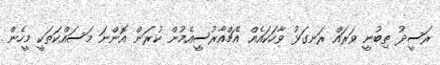
ރަސީދު ތިބުނީ ވަރައް ރަނގަޅު ވާހަކައެއް އެޗްއާރުސީއެމުން ކުރަން އޮންނަ މަސައްކަތަކީ މީހެން